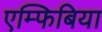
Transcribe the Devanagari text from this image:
एम्फिबिया